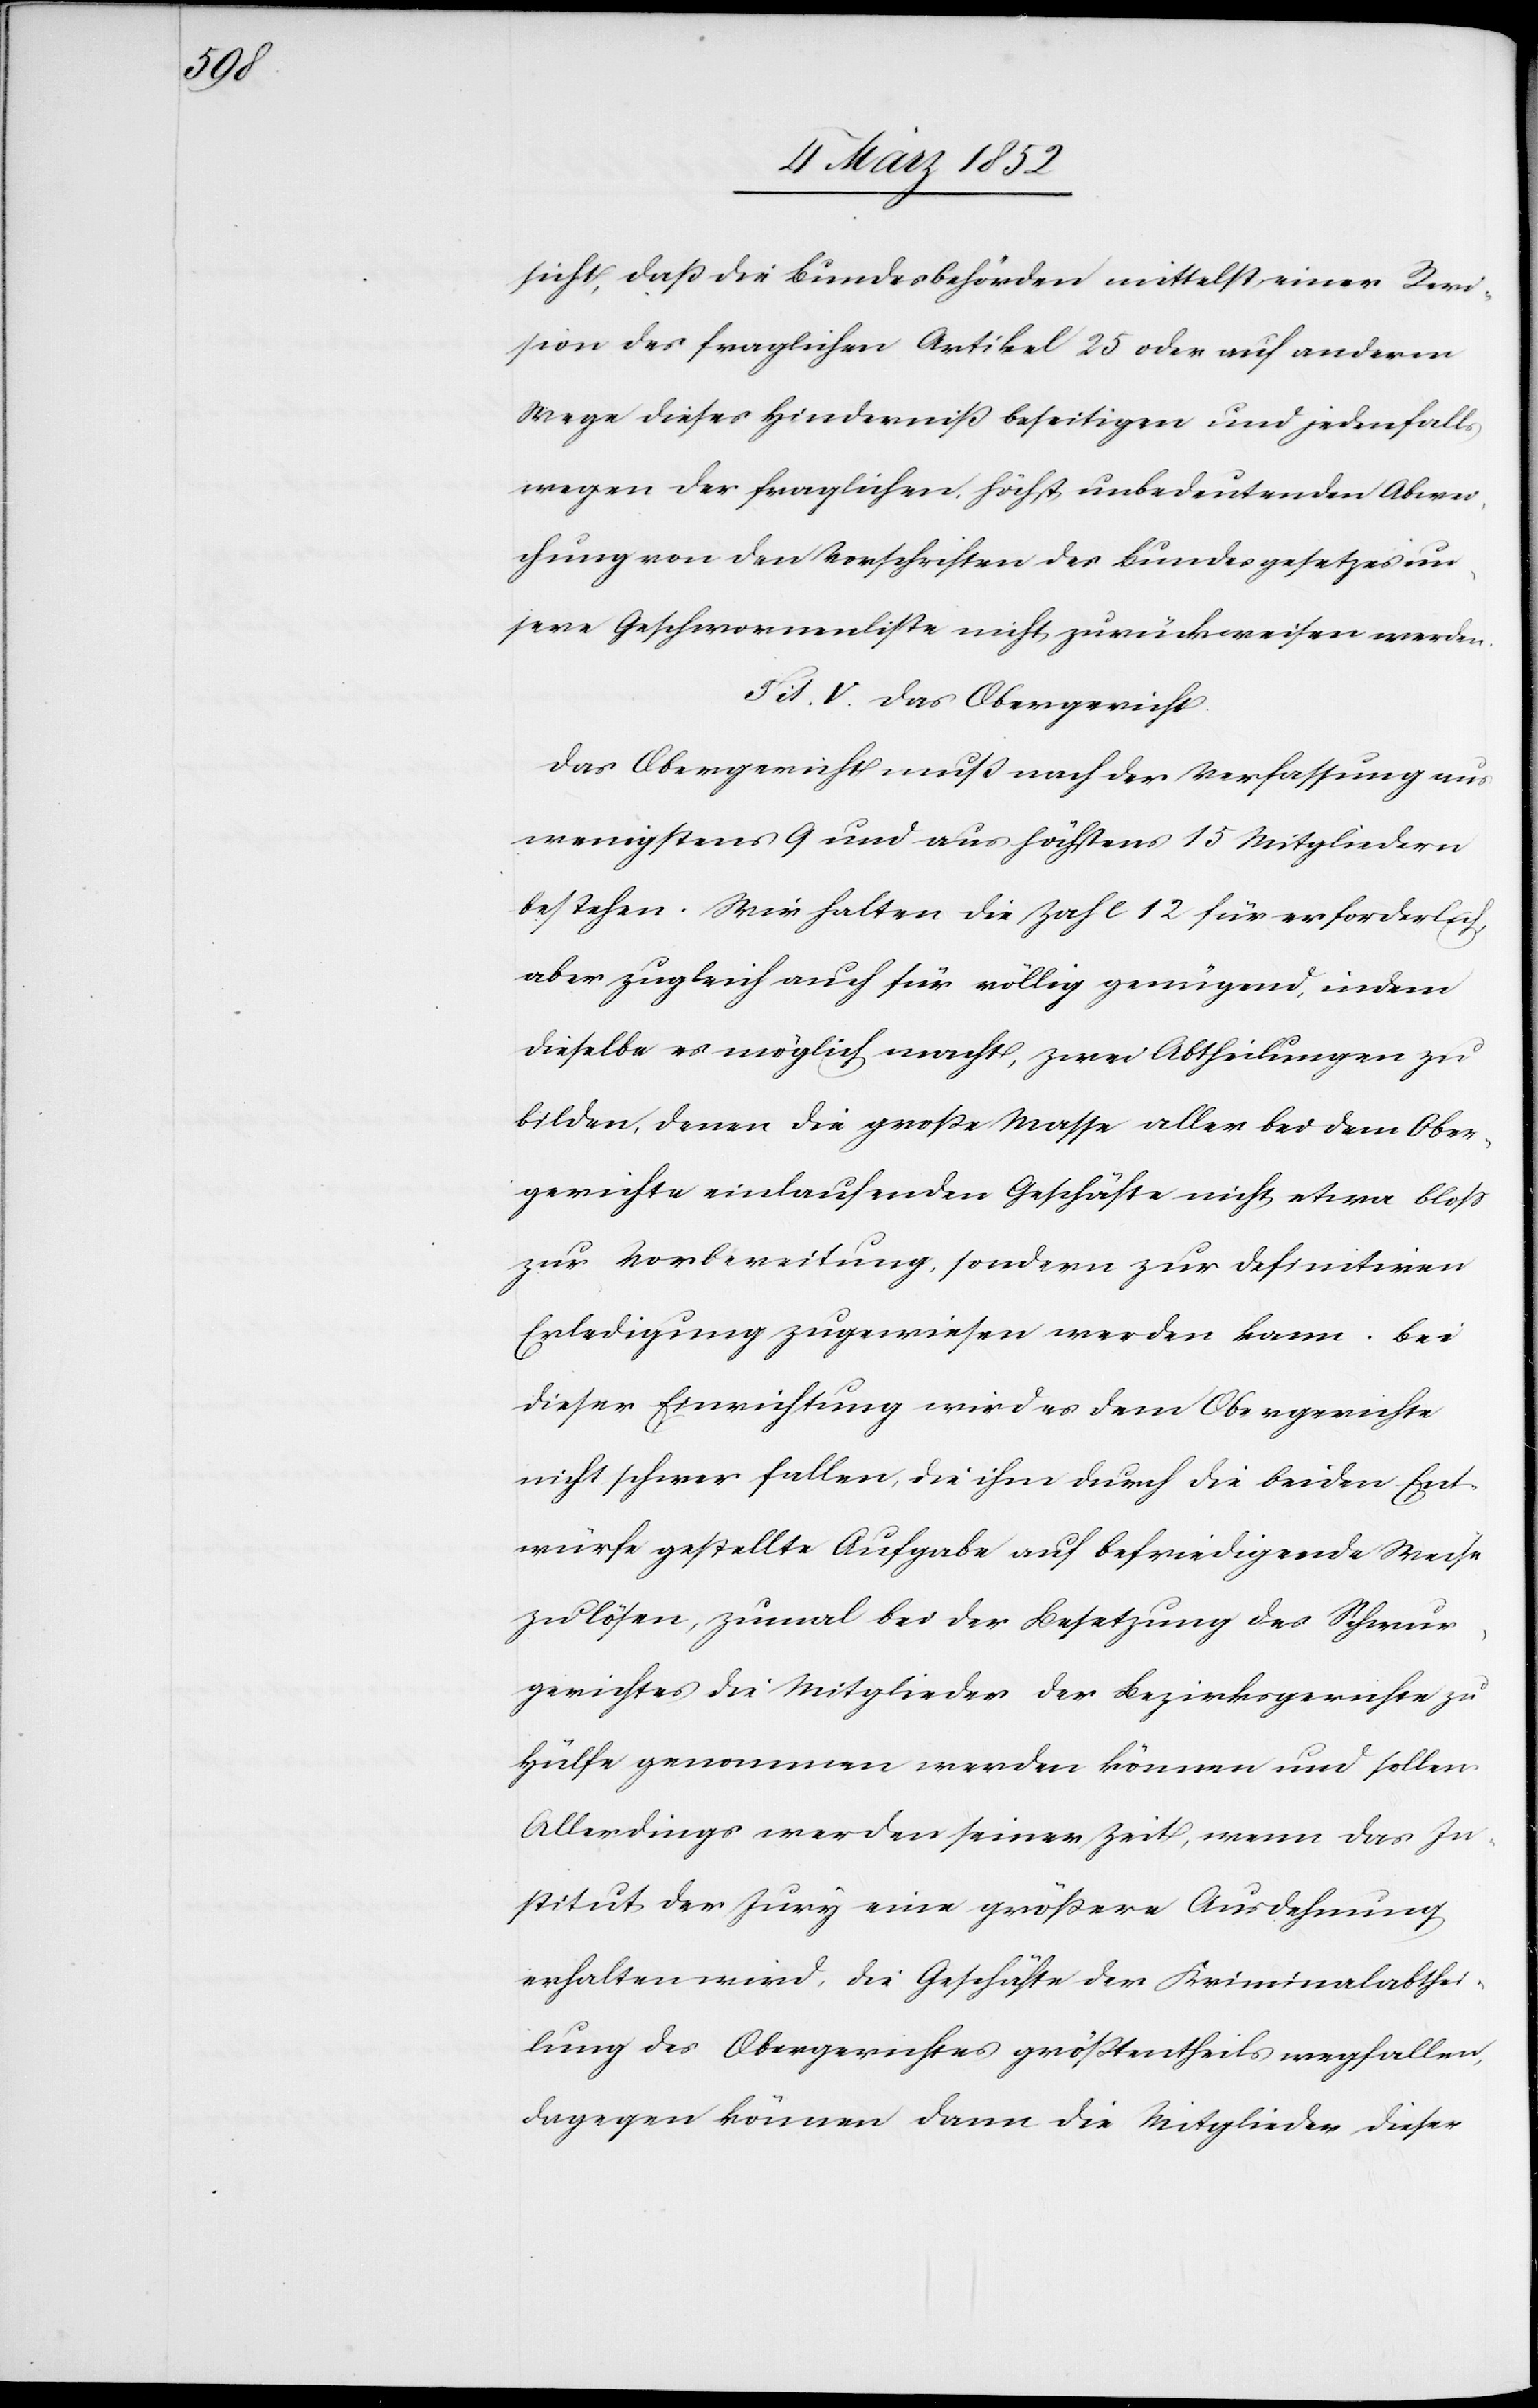
sicht, daß die Bundesbehörden mittelst einer Revi¬
sion des fraglichen Artikel 25 oder auf anderm
Wege dieses Hinderniß beseitigen und jedenfalls
wegen der fraglichen, höchst unbedeutenden Abwei¬
chung von den Vorschriften des Bundesgesetzes un¬
sere Geschwornenliste nicht zurückweisen werden.
Tit. V. Das Obergericht.
Das Obergericht muß nach der Verfassung aus
wenigstens 9 und aus höchstens 15 Mitgliedern
bestehen. Wir halten die Zahl 12 für erforderlich,
aber zugleich auch für völlig genügend, indem
dieselbe es möglich macht, zwei Abtheilungen zu
bilden, denen die große Masse aller bei dem Ober¬
gerichte einlaufenden Geschäfte nicht etwa bloß
zur Vorbereitung, sondern zur definitiven
Erledigung zugewiesen werden kann. Bei
dieser Einrichtung wird es dem Obergerichte
nicht schwer fallen, die ihm durch die beiden Ent¬
würfe gestellte Aufgaben auf befriedigende Weise
zu lösen, zumal bei der Besetzung des Schwur¬
gerichtes die Mitglieder der Bezirksgerichte zu
Hülfe genommen werden können und sollen.
Allerdings werden seiner Zeit, wenn das In¬
stitut der Jury eine größere Ausdehnung
erhalten wird, die Geschäfte der Kriminalabthei¬
lung des Obergerichtes größtentheils wegfallen,
dagegen können dann die Mitglieder dieser